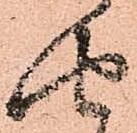
由